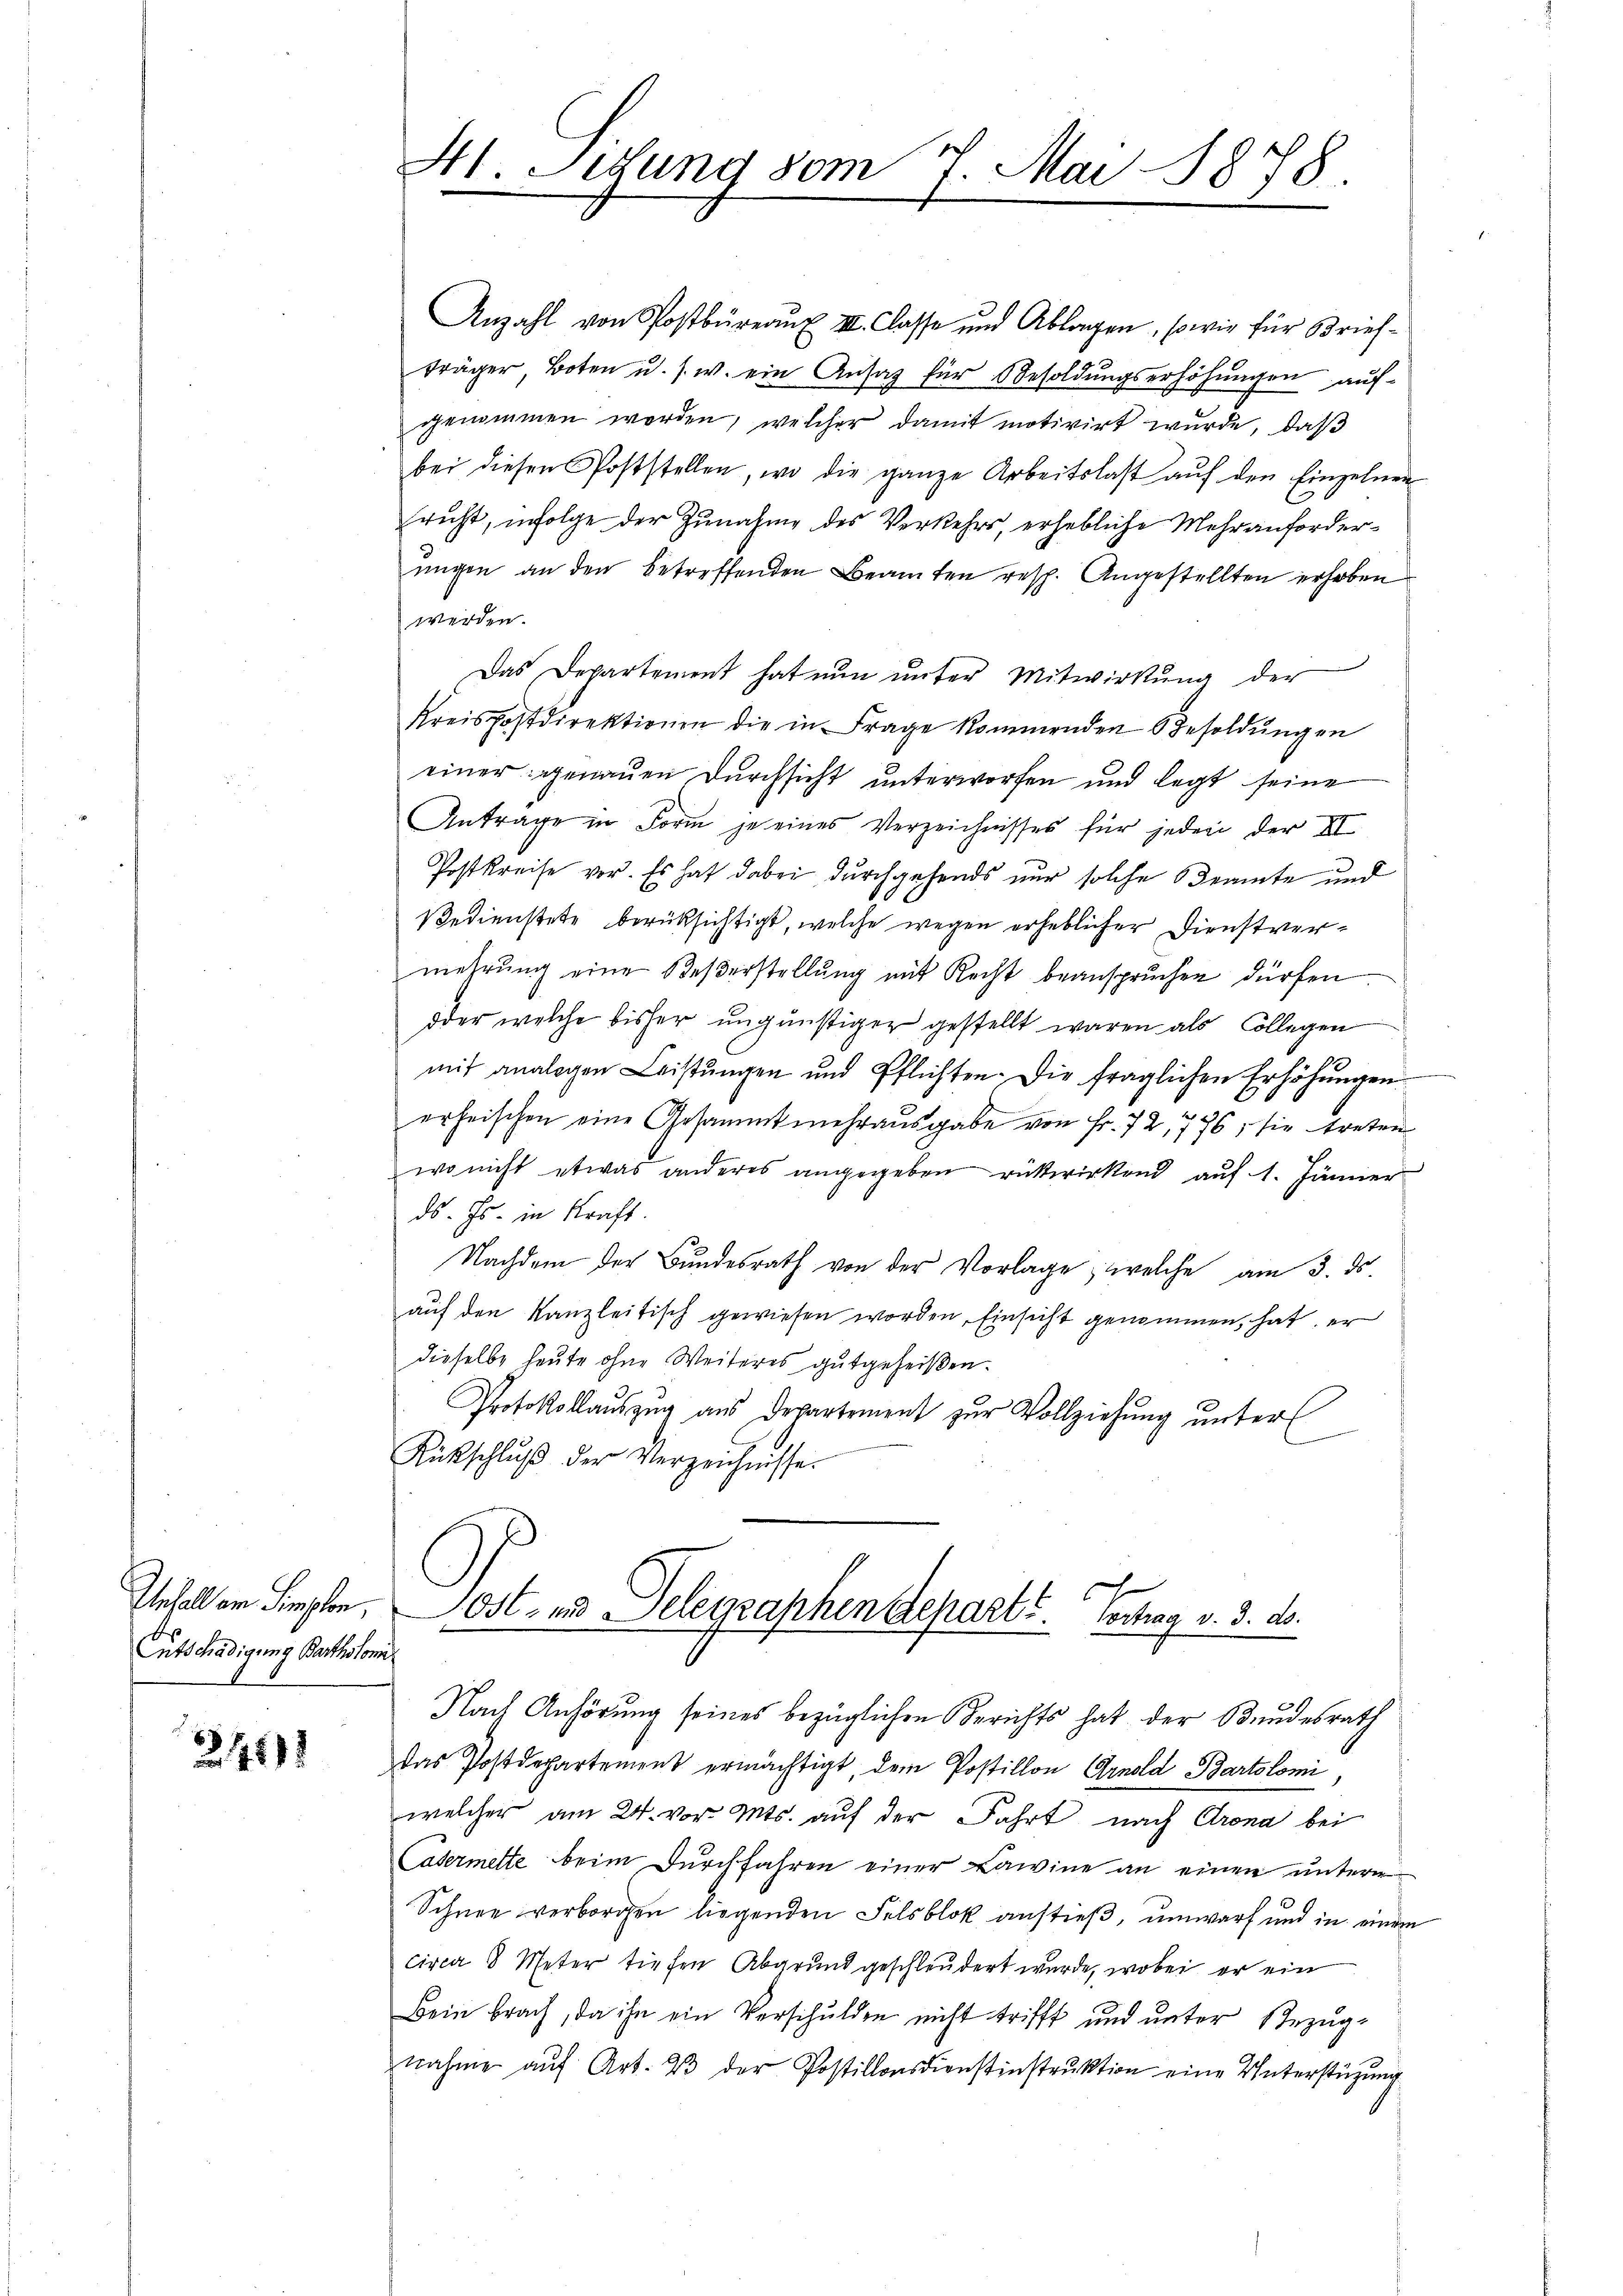
Gutschädigung Bartholomi¬

24112

Anzahl von Postbüreaŭ III. Classe und Ablagen, sowie für Brief-
träger Boten u. s. w. ein Ansag für Besoldungserhöhungen aufgenommen worden, welcher damit motivirt wurde, daß
bei diesen Poststellen, wo die ganze Arbeitslast auf den Einzelnen
richt, infolge der Zunahme des Verkehrs, erhebliche Mehranforderungen an den betreffenden Beamten resp. Angestellten erhoben
werden.
Das Departement hat nun unter Mitwirkung der
Kreispostdirektionen die in Frage kommenden Besoldŭngen
einer genauen Durchsicht unterworfen und legt seine
Anträge in Form je eines Verzeichnisses für jeder der XI
Postkreise vor. Es hat dabei durchgehends nur solche Beamte und
Bedienstete berücksichtigt, welche wegen erheblicher Dienstvermehrung eine Beßerstellung mit Recht beanspruchen dürfen
oder welche bisher ungünstiger gestellt waren als Collegen
mit analogen Leistŭngen und Pflichten. Die fraglichen Erhöhŭngen
erheischen eine Gesammtmehrausgabe von Fr. 72, 776, sie treten
wo nicht etwas anderes angegeben rükwirkend auf 1. Jänner
ds. Js. in Kraft.
Nachdem der Bundesrath von der Vorlage, welche am 3. ds.
auf den Kanzleitisch gewiesen worden, Einsicht genommen, hat, er
dieselbe heute ohne Weiteres gutgeheißen.
Protokollauszug aus Departement zur Vollziehung unter
Rückschlŭβ der Verzeichnisse.

Ht. Situng vom 7. Mai 1878.

Inhallen Sempten, Post- und Telegraphen Separte. Vertrag v. 3. ds.

Nach Anhörung seines bezüglichen Berichts hat der Bundesrath
das Postdepartement ermächtigt, dem Postillon Arnold Bartolomi
welcher am 24. vor. Mts. auf der Fahrt nach Crona bei
Casermette beim Durchfahren einer Lawine an einen untere
Schnee verborgen liegenden Felsblok anstieß, umwarf und in einem
circa 3 Meter tiefen Abgrund geschleudert wurde, wobei er ein
Bein brach, da ihn ein Verschulden nicht trifft und unter Bezugnahme auf Art. 23 der Postillonsdienstinstruktion eine Unterstützung